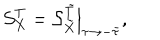
{ \cal S } _ { X } ^ { T } = { \cal S } _ { \tilde { X } } ^ { \tilde { T } } \Big | _ { \tau \rightarrow - \bar { \tau } } ,